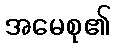
အမေစု၏